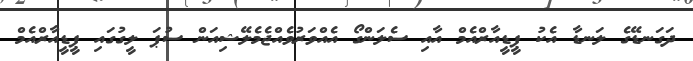
ދަގަނޑޭގެ ލަނޑާ އެކު ޕީޑީއާރްއެމް އާއި ސެލަންގޯ އެއްވަރުވެއްޖެމެލޭޝިއަން ސުޕަ ލީގުގައި ޕީޑީއާރްއެމް